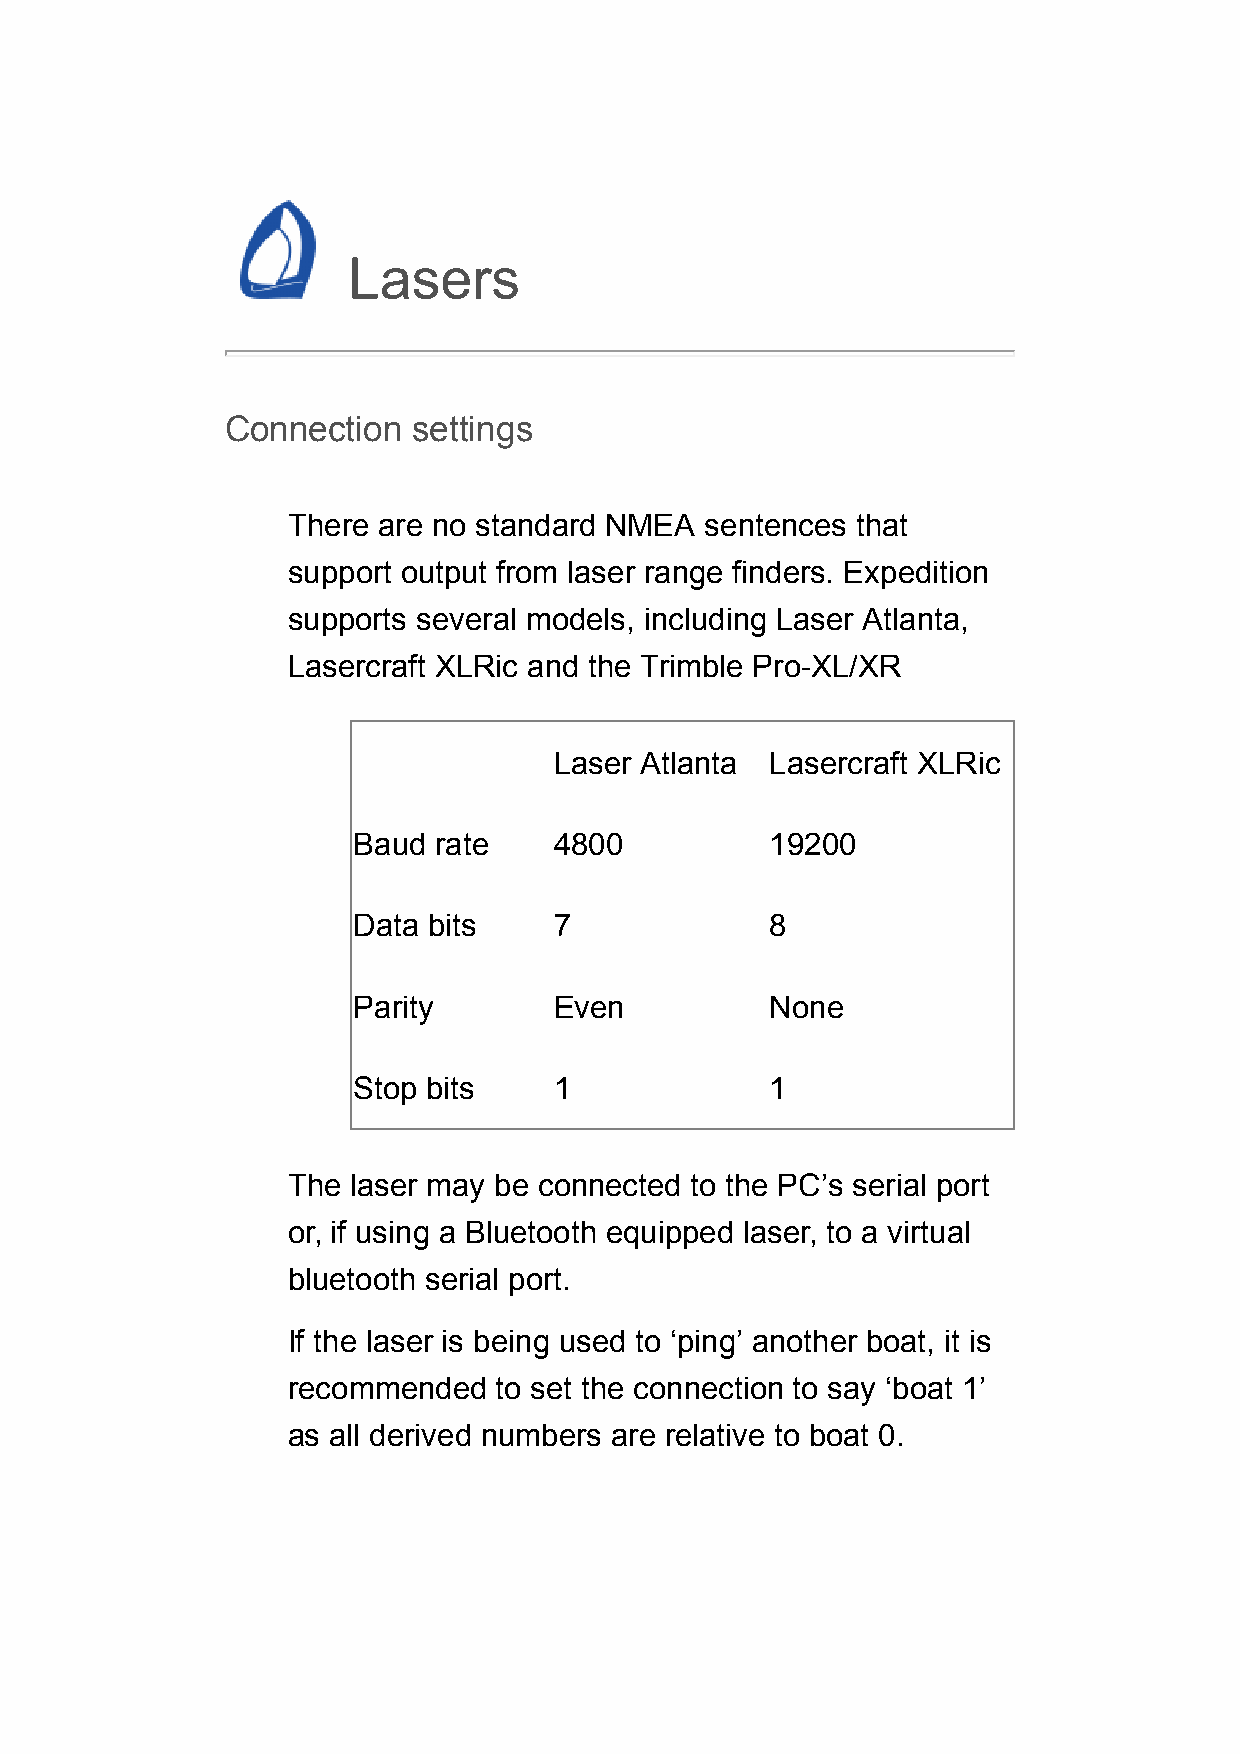
Lasers
 Connection  settings
 There are no standard NMEA  sentences that
 support output from laser range finders. Expedition
 supports several models, including Laser Atlanta,
 Lasercraft XLRic and the Trimble Pro-XL/XR
 Laser Atlanta Lasercraft XLRic
 Baud  rate    4800          19200
 Data bits     7             8
 Parity        Even          None
 Stop bits     1             1
 The laser may be connected to the PC’s serial port
 or, if using a Bluetooth equipped laser, to a virtual
 bluetooth serial port.
 If the laser is being used to ‘ping’ another boat, it is
 recommended   to set the connection to say ‘boat 1’
 as all derived numbers are relative to boat 0.